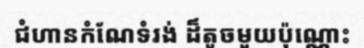
ជំហានកំណែទំរង់ ដ៏តូចមួយប៉ុណ្ណោះ